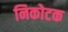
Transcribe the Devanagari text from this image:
निकोटक